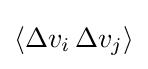
\langle \Delta v_{i}\,\Delta v_{j}\rangle